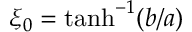
\xi _ { 0 } = \operatorname { t a n h } ^ { - 1 } ( b / a )